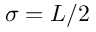
\sigma = L / 2